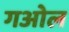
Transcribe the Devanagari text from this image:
गओल